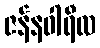
ဇန်နဝါရီလ